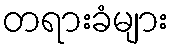
တရားခံများ